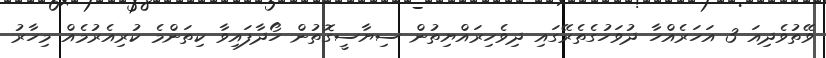
ވޭތުވެދިއަ 3 އަހަރެއްހާ ދުވަހުގެތެރޭގައި ދިވެހިރައްޔިތުން ސިޔާސީގޮތުން ހޯދާފައިވާ ކިތަންމެ ކުރިއެރުމެއް މިހާރު